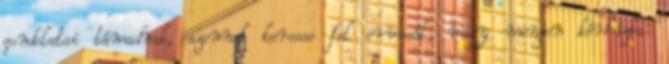
gondolatai támadnak, azonnal keresse fel orvosát, vagy menjen kórházba.